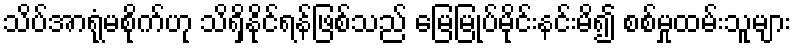
သိပ်အာရုံမစိုက်ဟု သိရှိနိုင်ရန်ဖြစ်သည် မြေမြုပ်မိုင်းနင်းမိ၍ စစ်မှုထမ်းသူများ